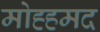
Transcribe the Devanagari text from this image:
मोह्हमद